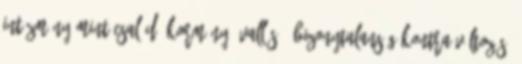
intézmény mint család, kormány, vallás ; bizonytalanság kontra változás,